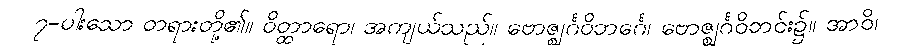
၇-ပါးသော တရားတို့၏။ ဝိတ္ထာရော၊ အကျယ်သည်။ ဗောဇ္ဈင်္ဂဝိဘင်္ဂေ၊ ဗောဇ္ဈင်္ဂဝိဘင်း၌။ အာဝိ၊